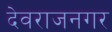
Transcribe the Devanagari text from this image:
देवराजनगर